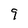
Character: 9